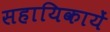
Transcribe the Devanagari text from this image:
सहायिकायें